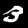
Digit: 3